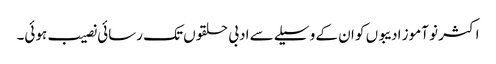
اکثر نو آموز ادیبوں کو ان کے وسیلے سے ادبی حلقوں تک رسائی نصیب ہوئی۔